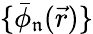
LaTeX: \{ \bar{\phi}_{\mathfrak{n}}(\vec{r})\}